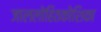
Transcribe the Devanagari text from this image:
जाललोहितकोशिका